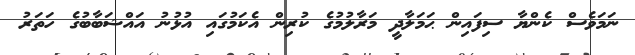
ނަމަވެސް ކެންޔާ ސިފައިން ޙަމަލާދީ މަރާލުމުގެ ކުރިން އެކަމުގައި އުޅުނު އައްޝަބާބުގެ ހަތަރު